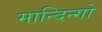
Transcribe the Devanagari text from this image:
मान्दिन्गो